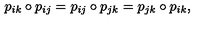
p _ { i k } \circ p _ { i j } = p _ { i j } \circ p _ { j k } = p _ { j k } \circ p _ { i k } ,